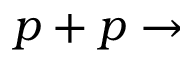
p + p \to